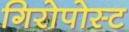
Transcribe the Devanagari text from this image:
गिरोपोस्ट